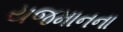
યજમાનના